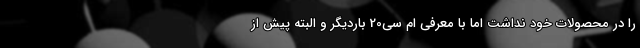
را در محصولات خود نداشت اما با معرفی ام سی20 باردیگر و البته پیش از